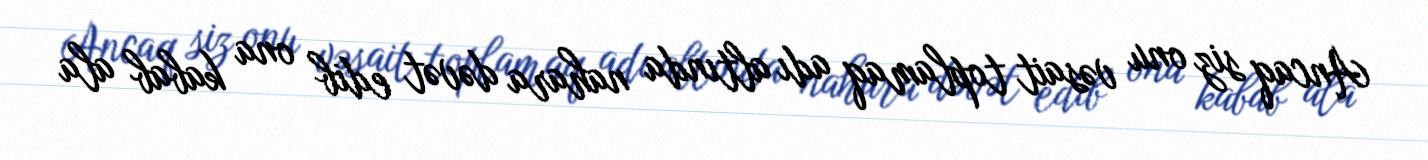
Ancaq siz onu vəsait toplamaq adı altında nahara dəvət edib ona kabab ala